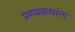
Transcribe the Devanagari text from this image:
प्रणयकथांना